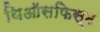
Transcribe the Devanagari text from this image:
थिऑसफिस्ट